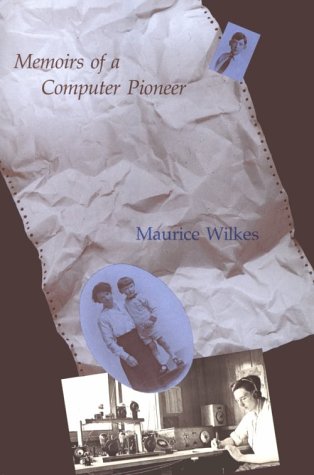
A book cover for Memoirs of a Computer Pioneer (History of Computing); Maurice V. Wilkes; Computers & Technology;